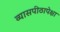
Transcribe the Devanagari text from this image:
व्यासपीठापेक्षा